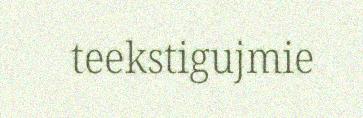
teekstigujmie